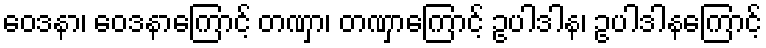
ဝေဒနာ၊ ဝေဒနာကြောင့် တဏှာ၊ တဏှာကြောင့် ဥပါဒါန၊ ဥပါဒါနကြောင့်